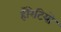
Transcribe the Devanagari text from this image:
होरेटियो